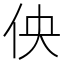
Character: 佒